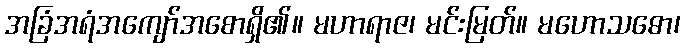
အခြံအရံအကျော်အစောရှိ၏။ မဟာရာဇ၊ မင်းမြတ်။ မဟောသဓော၊